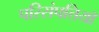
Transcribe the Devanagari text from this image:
परिसंपत्तियॉ